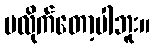
မလိုက်တော့ပါဘူး။